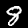
Digit: 8